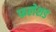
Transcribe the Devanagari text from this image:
फलेशड